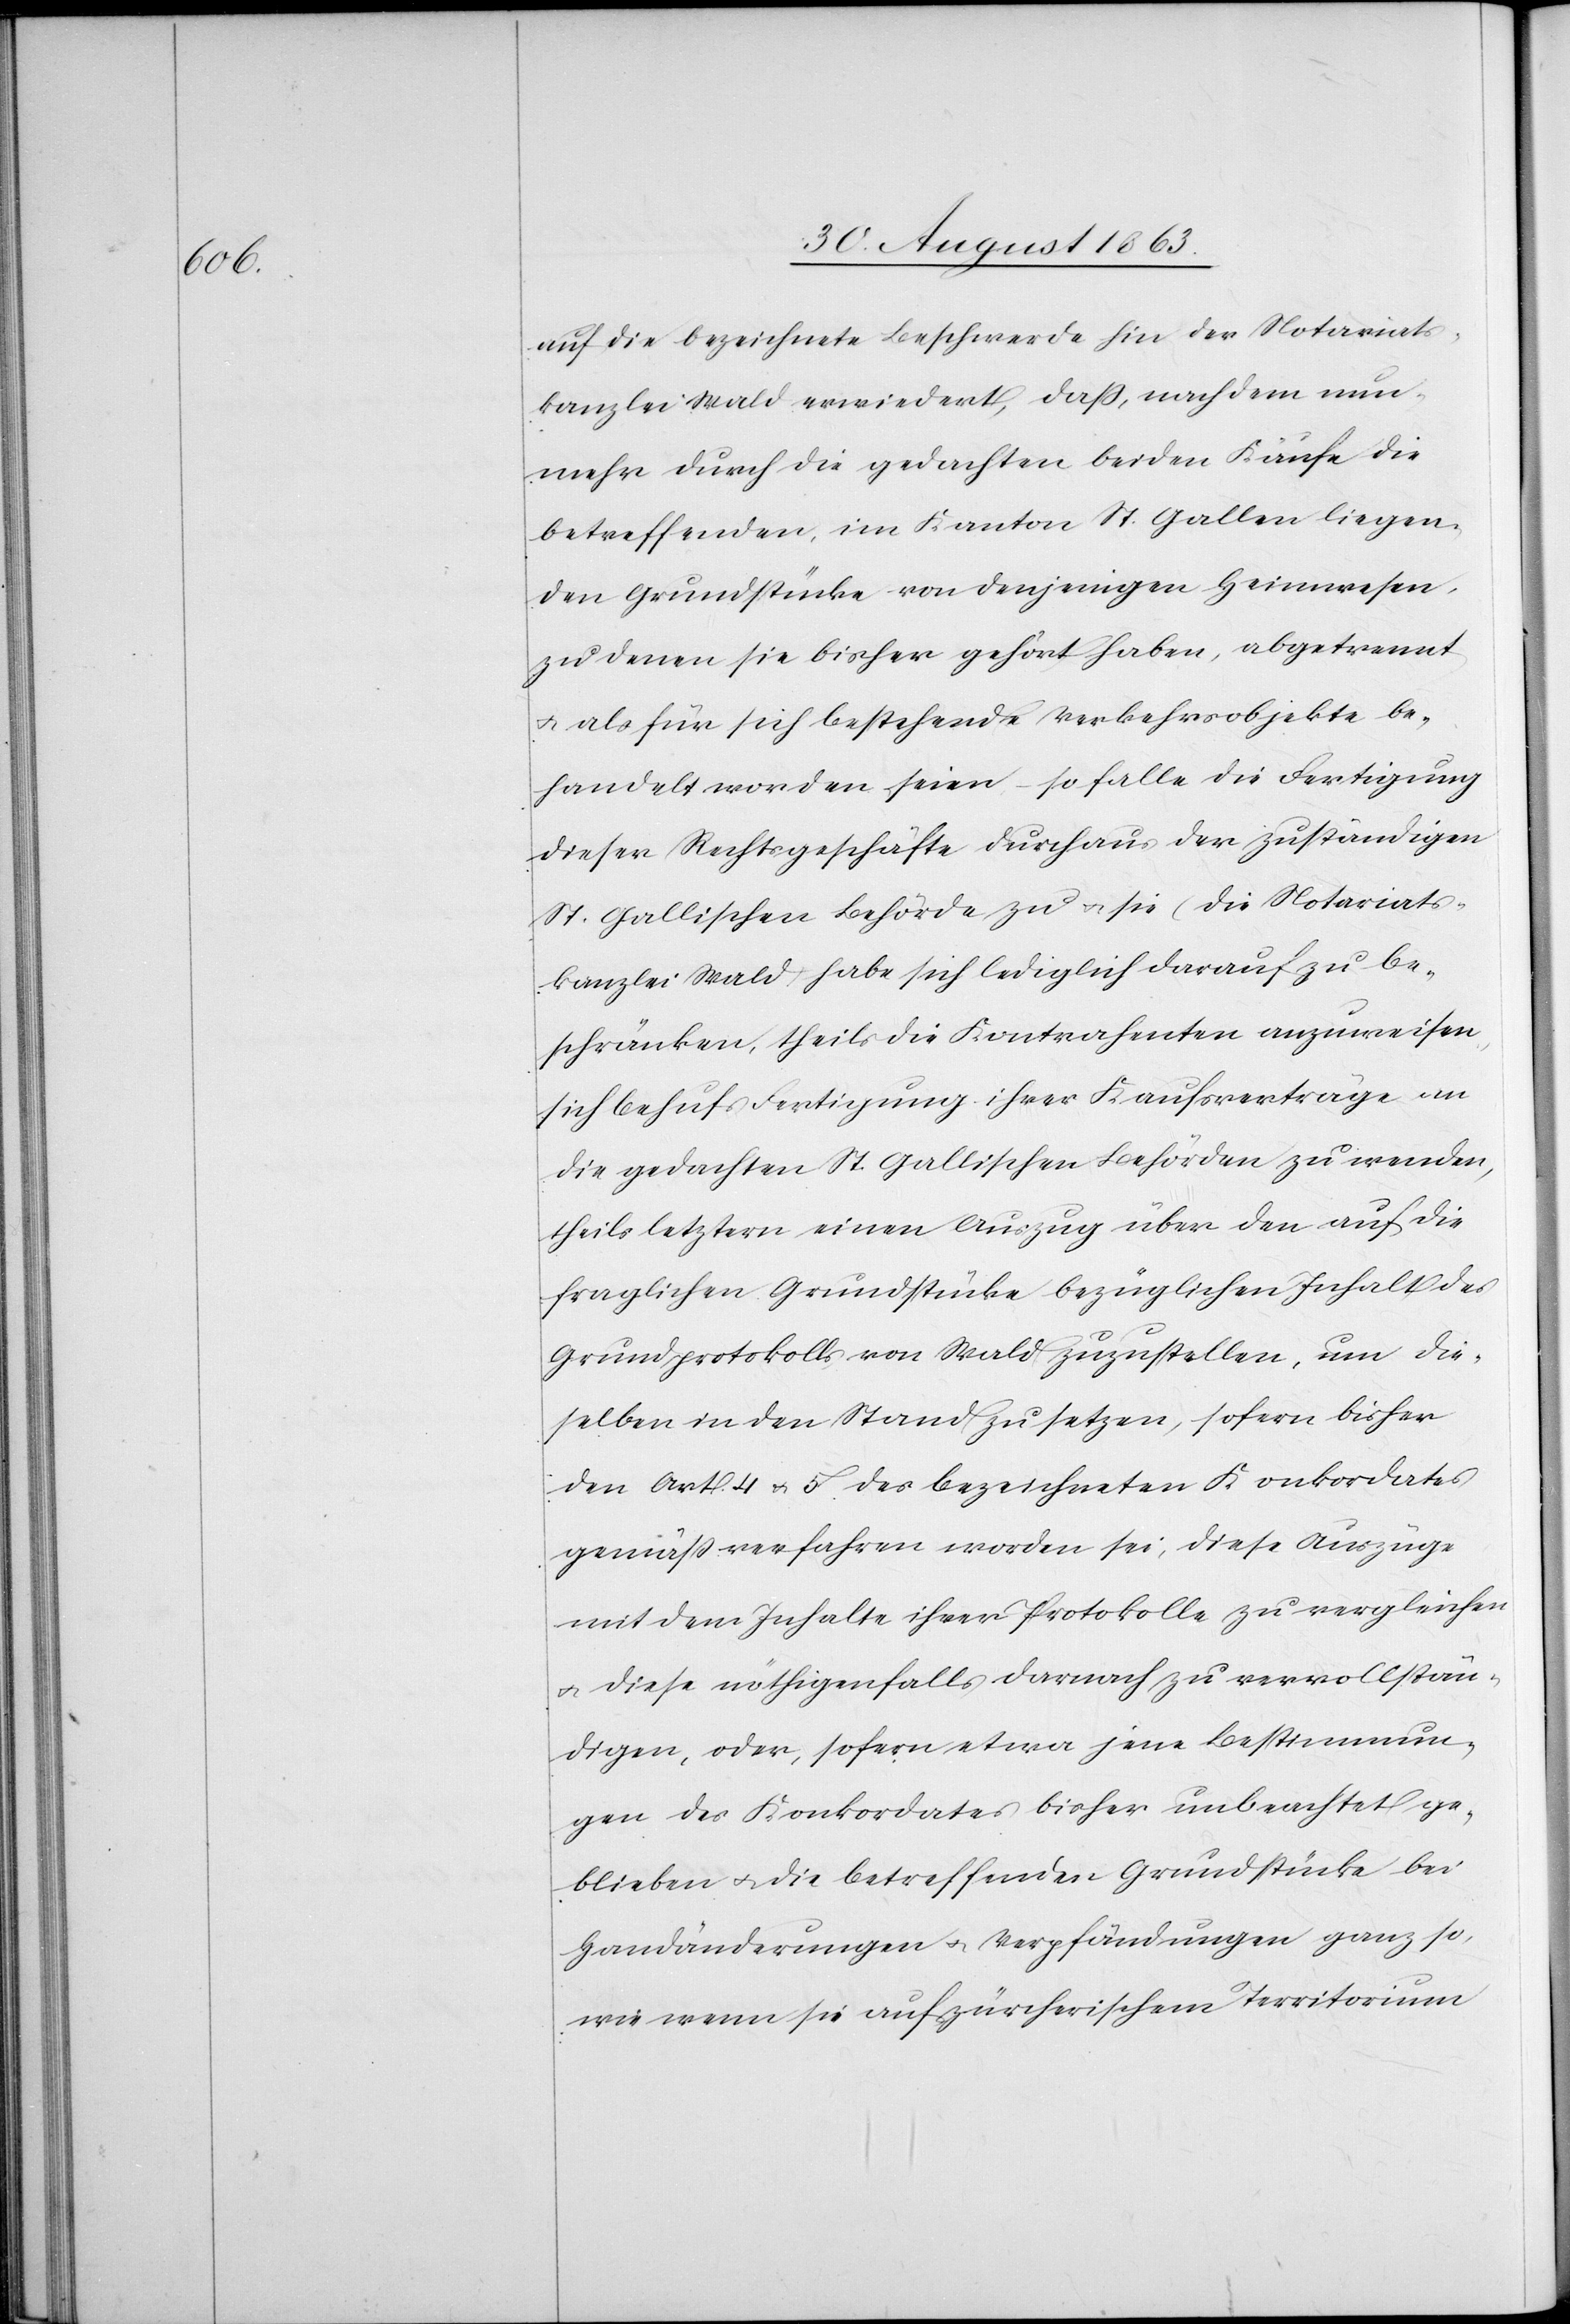
auf die bezeichnete Beschwerde hin der Notariats¬
kanzlei Wald erwiedert, daß, nach dem nun¬
mehr durch die gedachten beiden Käufe die
betreffenden, im Kanton St. Gallen liegen¬
den Grundstücke von denjenigen Heimwesen,
zu denen sie bisher gehört haben, abgetrennt
u. als für sich bestehende Verkehrsobjekte be¬
handelt worden seien, – so falle die Fertigung
dieser Rechtsgeschäfte durchaus der zuständigen
St. Gallischen Behörde zu u. sie (die Notariats¬
kanzlei Wald) habe sich lediglich darauf zu be¬
schränken, theils die Kontrahenten anzuweisen,
sich behufs Fertigung ihrer Kaufsverträge an
die gedachten St. Gallischen Behörden zu wenden,
theils letztern einen Auszug über den auf die
fraglichen Grundstücke bezüglichen Inhalt des
Grundprotokolls von Wald zuzustellen, um die¬
selben in den Stand zu setzen, sofern bisher
den Art. 4 u. 5 des bezeichneten Konkordates
gemäß verfahren worden sei, diese Auszüge
mit dem Inhalte ihrer Protokolle zu vergleichen
u. diese nöthigenfalls darnach zu vervollstän¬
digen, oder, sofern etwa jene Bestimmun¬
gen des Konkordates bisher unbeachtet ge¬
blieben u. die betreffenden Grundstücke bei
Handänderungen u. Verpfändungen ganz so,
wie wenn sie auf zürcherischem Territorium